Martna_vallavalitsus, lk 22
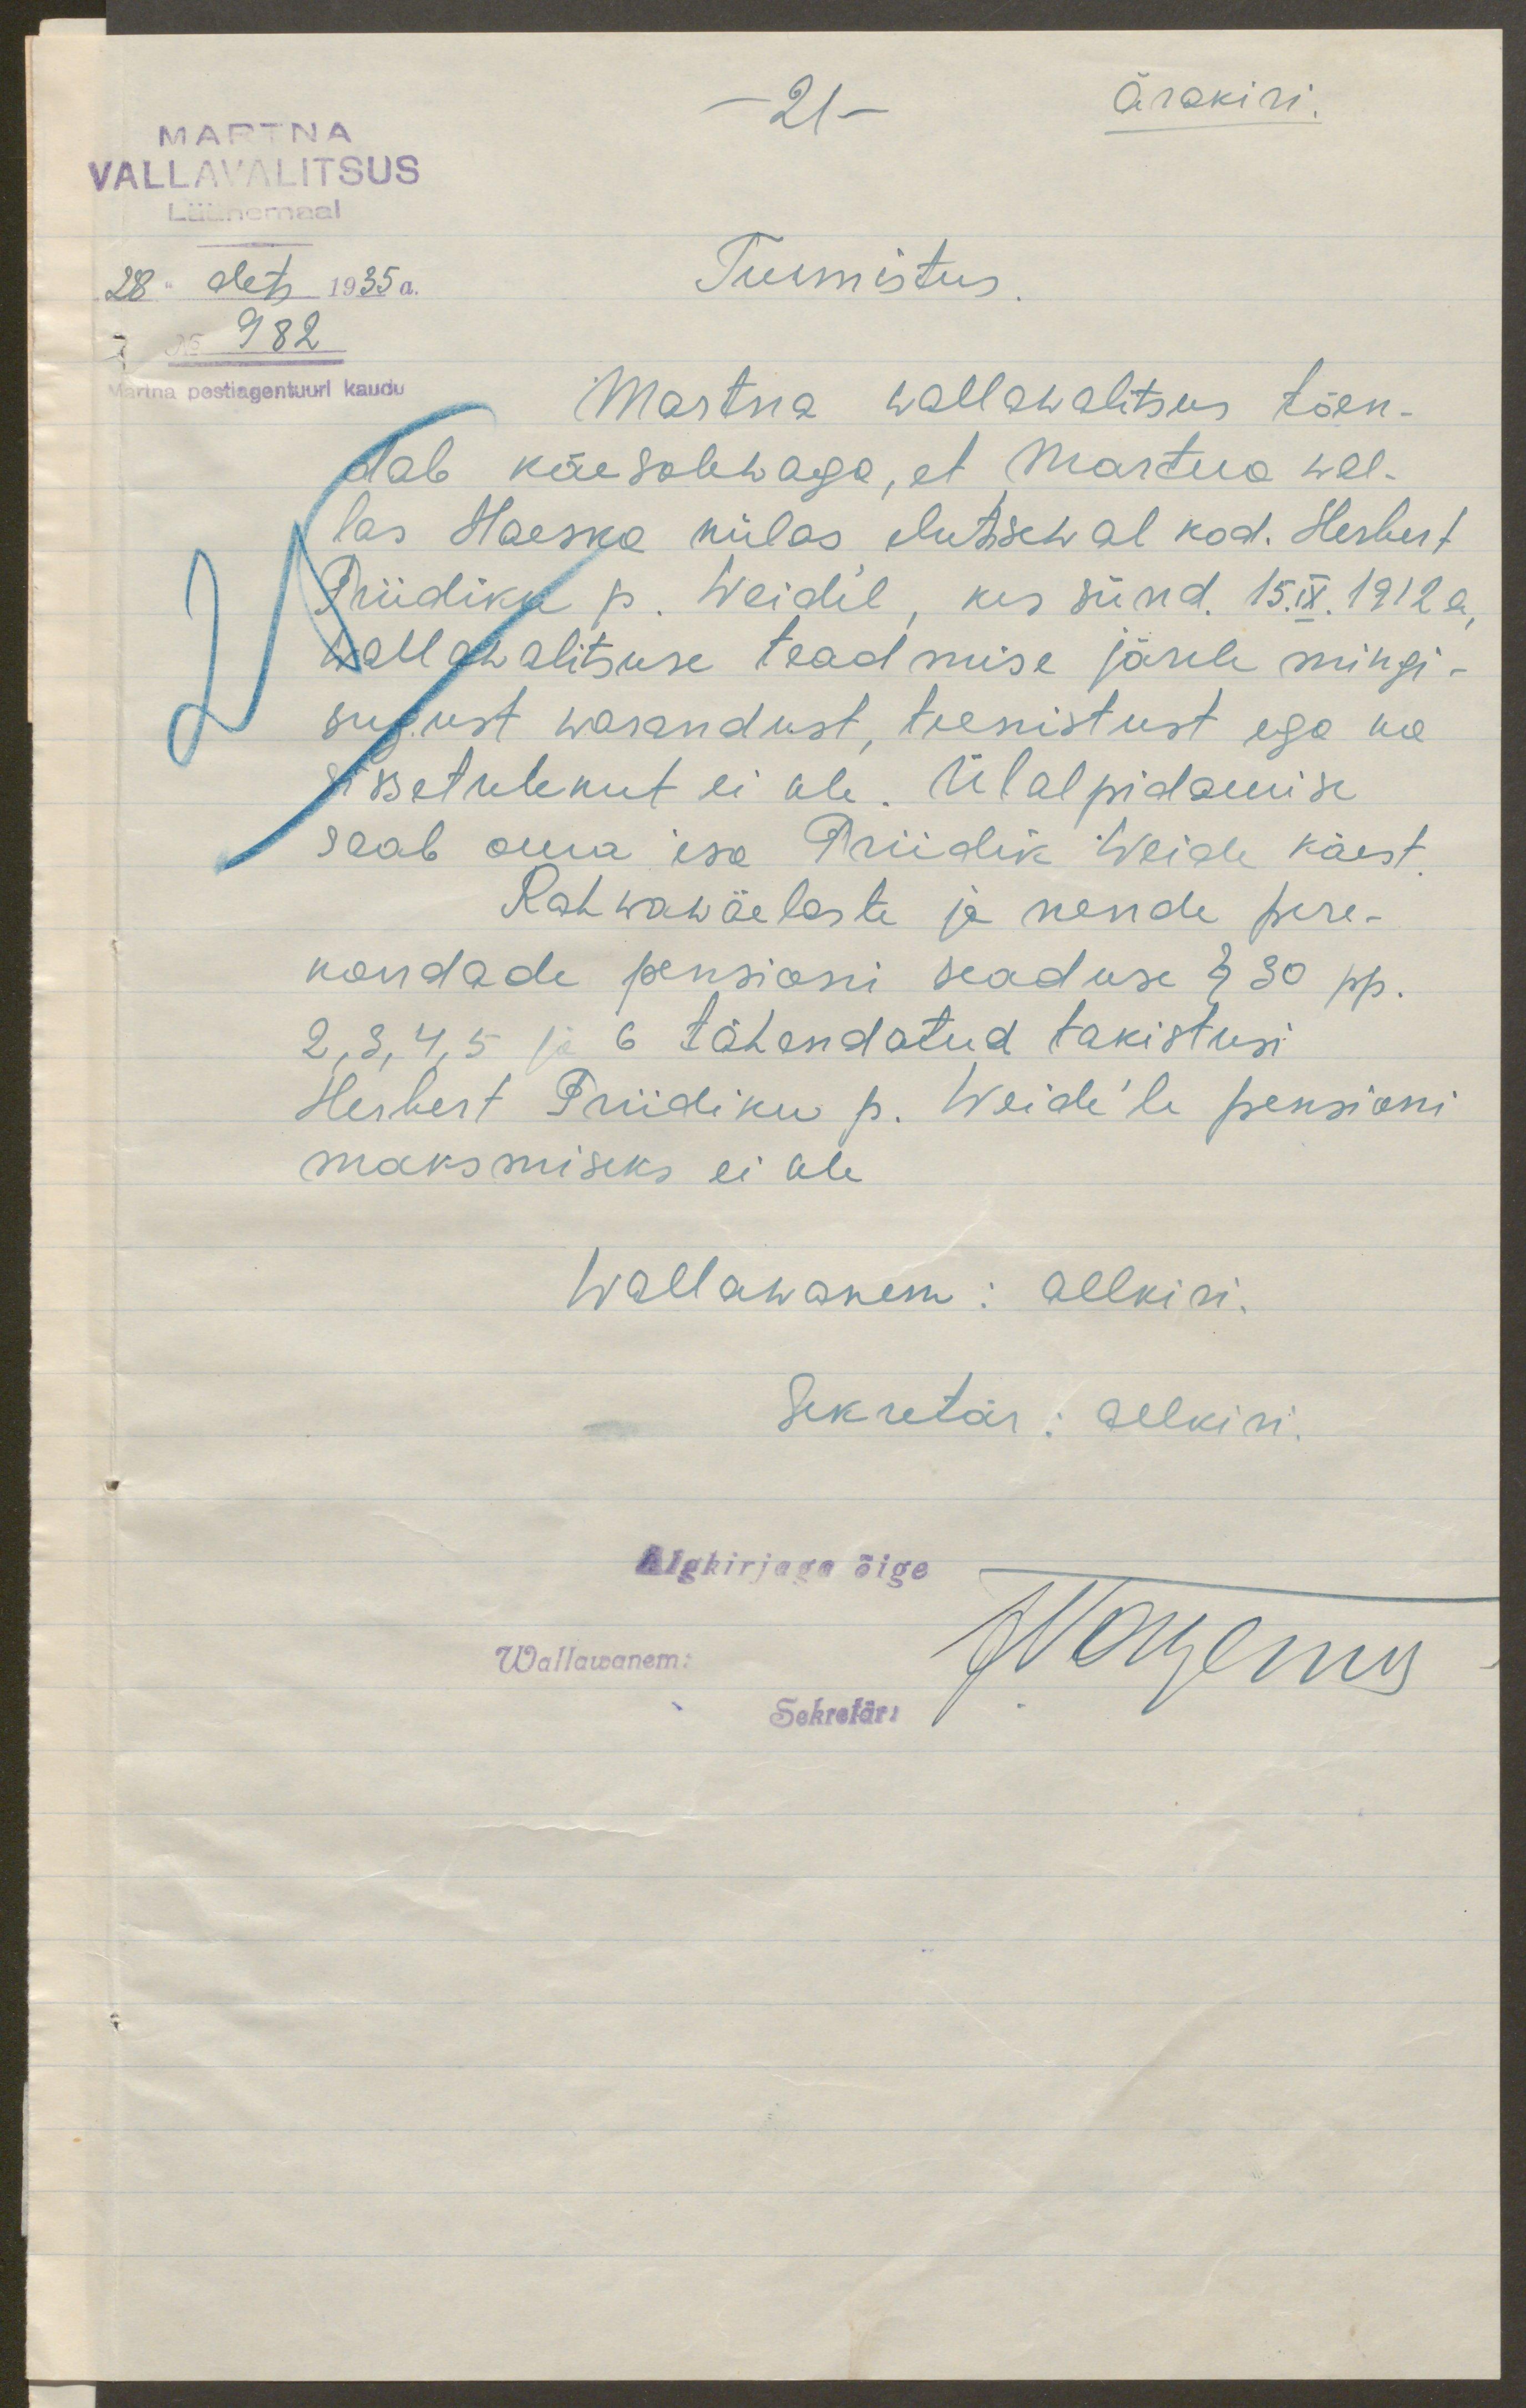
Ärakiri.
MARTNA
- 21 -
VALLAVALITSUS
Läänemaal
28. dets 1935 a.
Tunnistus.
No 982
Martna postiagentuuri kaudu
Martna wallawalitsus tõen-
tab käesolewaga, et Martna wal-
las Haeska külas elutsewal kod. Herbert
Priidiku p. Weide'l, kes sünd. 15.IX.1912 a.
Wallawalitsuse teadmise järele mingi-
sugust warandust, teenistust ega ka
sissetulekut ei ole. Ülalpidamise
saab oma isa Priidik Weide käest
Rahwawäelaste ja nende pere-
kondade pensioni seaduse § 30 pp.
2,3,4,5 ja 6 tähendatud takistusi
Herbert Priidiku p. Weide'le pensioni
maksmiseks ei ole
Wallawanem: allkiri.
Sekretär: allkiri.
Algkirjaga õige
Wallawanem:
Wangemis
Sekretär: